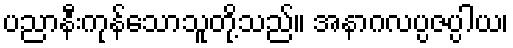
ပညာနီးကုန်သောသူတို့သည်။ အနာဂလပ္ပဇပ္ပါယ၊